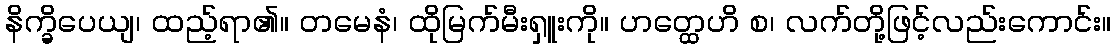
နိက္ခိပေယျ၊ ထည့်ရာ၏။ တမေနံ၊ ထိုမြက်မီးရှူးကို။ ဟတ္ထေဟိ စ၊ လက်တို့ဖြင့်လည်းကောင်း။